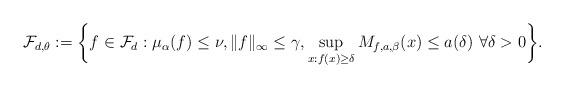
LaTeX: \begin{align*}\mathcal{F}_{d,\theta} := \biggl\{f \in \mathcal{F}_d: \mu_\alpha(f) \leq \nu, \|f\|_\infty \leq \gamma, \sup_{x:f(x) \geq \delta} M_{f,a,\beta}(x) \leq a(\delta) \ \forall \delta > 0\biggr\}.\end{align*}